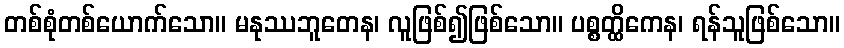
တစ်စုံတစ်ယောက်သော။ မနုဿဘူတေန၊ လူဖြစ်၍ဖြစ်သော။ ပစ္စတ္ထိကေန၊ ရန်သူဖြစ်သော။